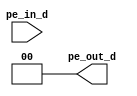
`timescale 1ns / 1ps
//////////////////////////////////////////////////////////////////////////////////
// Company: 
// Engineer: 
// 
// Design Name: 
// Module Name: Pri_Encoer
// Project Name: 
// Target Devices: 
// Tool Versions: 
// Description: 
// 
// Dependencies: 
// 
// Revision:
// Revision 0.01 - File Created
// Additional Comments:
// 
//////////////////////////////////////////////////////////////////////////////////


module Pri_Encoer(
input pe_in_d,
output reg [1:0]pe_out_d
    );
    
    always@(*)
        case(pe_in_d)
            4'b0001:pe_out_d<=2'h0;
            4'b0010:pe_out_d<=2'h1;
            4'b0100:pe_out_d<=2'h2;
            4'b1000:pe_out_d<=2'h3;
            default pe_out_d=2'h0;
        endcase
endmodule